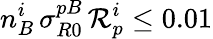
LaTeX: n_{B}^{i}\, \sigma_{R0}^{pB}\, {\cal R}_{p}^{i}\le 0.01